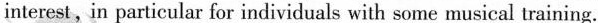
interest,in particular for individuals with some musical training.